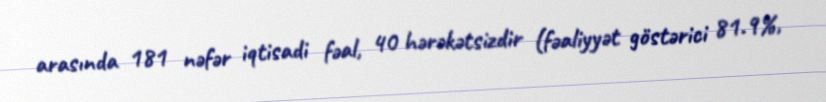
arasında 181 nəfər iqtisadi fəal, 40 hərəkətsizdir (fəaliyyət göstərici 81.9%,